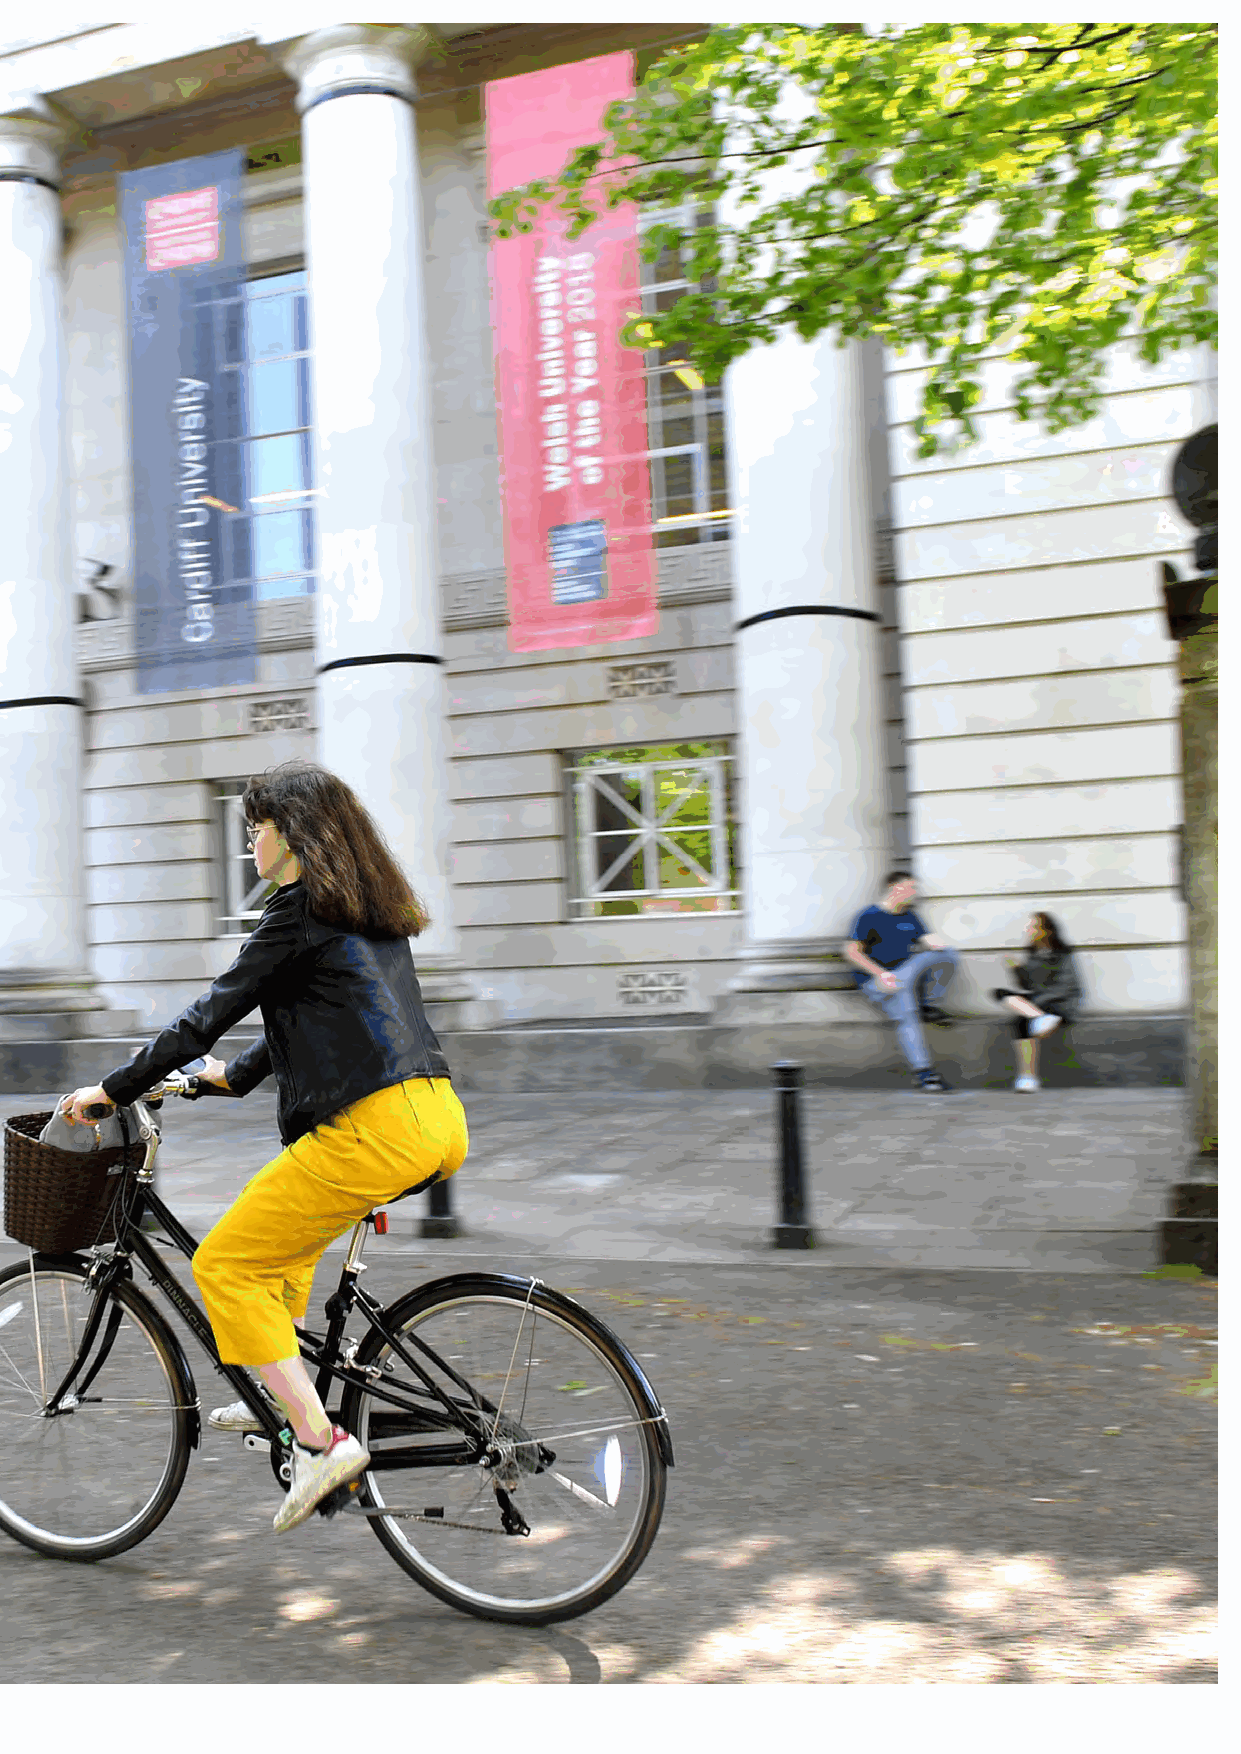
The United Nations Sustainable Development
 Goals (SDGs) are the blueprint to achieve a
 better and more sustainable future for all.
 They address the global challenges we face, including
 those related to poverty, inequality, climate, environ-
 mental degradation, prosperity, and peace and justice.
 As a signatory to the Environmental Association for
 Universities and Colleges Accord, the University has
 committed to aligning and mapping its activities to the
 relevant goals.
 In this report you will see within each section icons
 against the relevant goal. For more information on the
 SDGs, please visit:
 www.un.org/sustainabledevelopment/
 sustainable-development-goals/